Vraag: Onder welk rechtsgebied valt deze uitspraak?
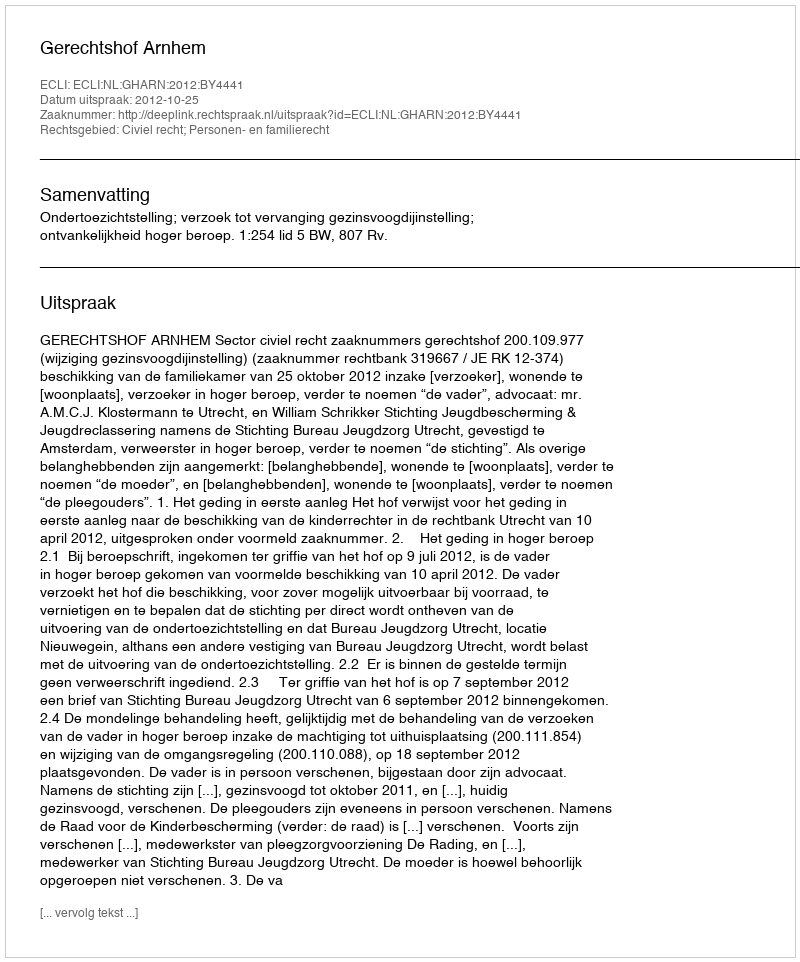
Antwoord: Civiel recht; Personen- en familierecht